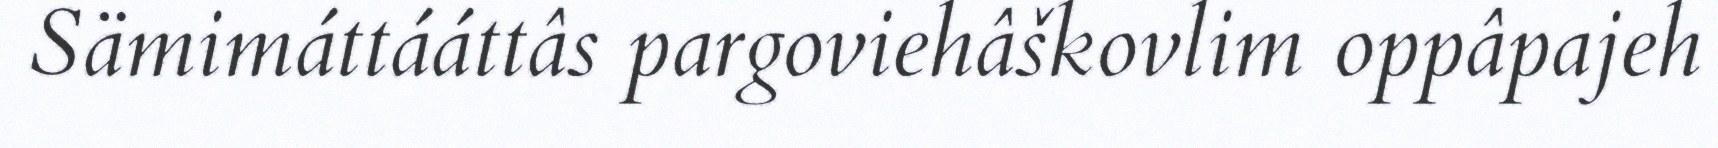
Sämimáttááttâs pargoviehâškovlim oppâpajeh